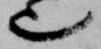
也